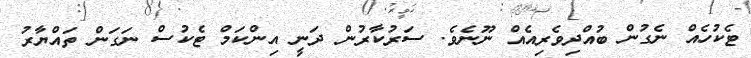
ޓެކުހެއް ނެގުން ބުއްދިވެރިއެއް ނޫނެވެ. ސަރުކާރުން ދަނީ އިންކަމް ޓެކުސް ނަގަން ތައްޔާރު